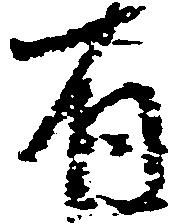
有